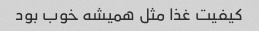
کیفیت غذا مثل همیشه خوب بود